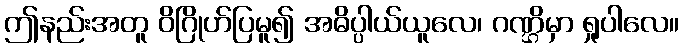
ဤနည်းအတူ ဝိဂြိုဟ်ပြမူ၍ အဓိပ္ပါယ်ယူလေ၊ ဂဏ္ဌိမှာ ရှုပါလေ။